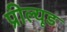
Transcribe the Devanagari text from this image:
प्रील्यूड